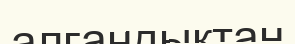
алғандықтан